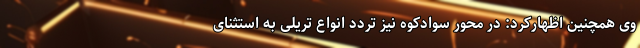
وی همچنین اظهارکرد: در محور سوادکوه نیز تردد انواع تریلی به استثنای